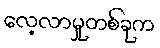
လေ့လာမှုတစ်ခုက